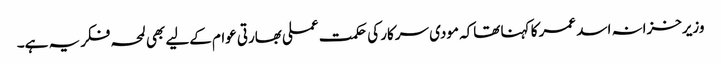
وزیرخزانہ اسد عمر کا کہنا تھاکہ مودی سرکار کی حکمت عملی بھارتی عوام کےلیے بھی لمحہ فکریہ ہے۔